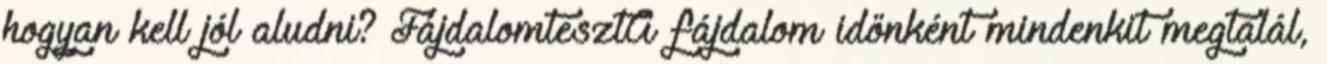
hogyan kell jól aludni? FájdalomtesztA fájdalom időnként mindenkit megtalál,